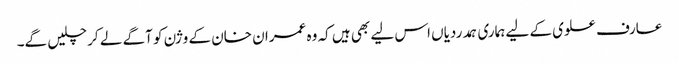
عارف علوی کے لیے ہماری ہمدردیاں اس لیے بھی ہیں کہ وہ عمران خان کے وژن کو آگے لے کر چلیں گے۔